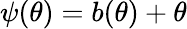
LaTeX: \psi(\theta)=b(\theta)+\theta